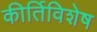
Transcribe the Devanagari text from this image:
कीर्तिविशेष